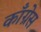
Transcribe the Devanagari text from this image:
काॅंग्रेस